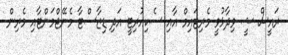
ރައީސް ޝީ ވިދާޅުވީ މެރިޓައިމް އާއި ސެކިއުރިޓީ އަދި ޑިޒާސްޓާ މެނޭޖްމަންޓާއި މެރިން